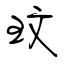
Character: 玟